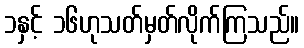
၁နှင့် ၁၆ဟုသတ်မှတ်လိုက်ကြသည်။